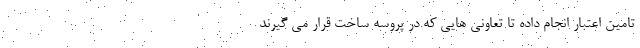
تامین اعتبار انجام داده تا تعاونی هایی که در پروسه ساخت قرار می گیرند